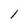
Character: 1